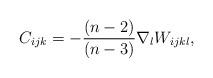
LaTeX: \begin{align*} \displaystyle{C_{ijk}=-\frac{(n-2)}{(n-3)}\nabla_{l}W_{ijkl},}\end{align*}